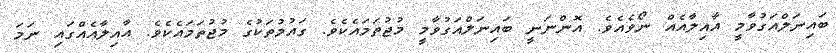
ބައިނަލްއަގުވާމީ އާއިލާއެއް ނޯވެއެވެ. އޮންނަނީ ބައިނަލްއަގުވާމީ މުޖުތަމައެކެވެ. ގައުމުތަކުގެ މުޖުތަމައެކެވެ. އާއިލާއެއްގައި ނަމަ